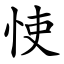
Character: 㤦